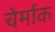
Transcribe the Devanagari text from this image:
चेर्माक